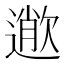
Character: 𣤎